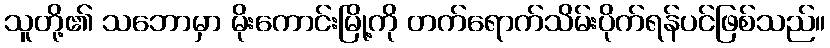
သူတို့၏ သဘောမှာ မိုးကောင်းမြို့ကို တက်ရောက်သိမ်းပိုက်ရန်ပင်ဖြစ်သည်။